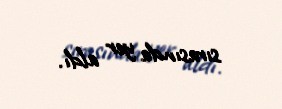
sırasında yer aldı.